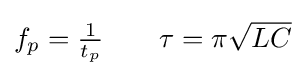
{\textstyle f_{p}={\frac {1}{t_{p}}}\qquad \tau =\pi {\sqrt {LC}}}